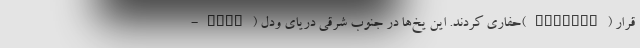
-Ronn) حفاری کردند. این یخ‌ها در جنوب شرقی دریای ودل(Weddell) قرار